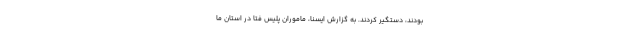
بودند، دستگیر کردند. به گزارش ایسنا، ماموران پلیس فتا در استان ما